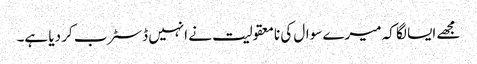
مجھے ایسا لگا کہ میرے سوال کی نامعقولیت نے انہیں ڈسٹرب کر دیا ہے۔